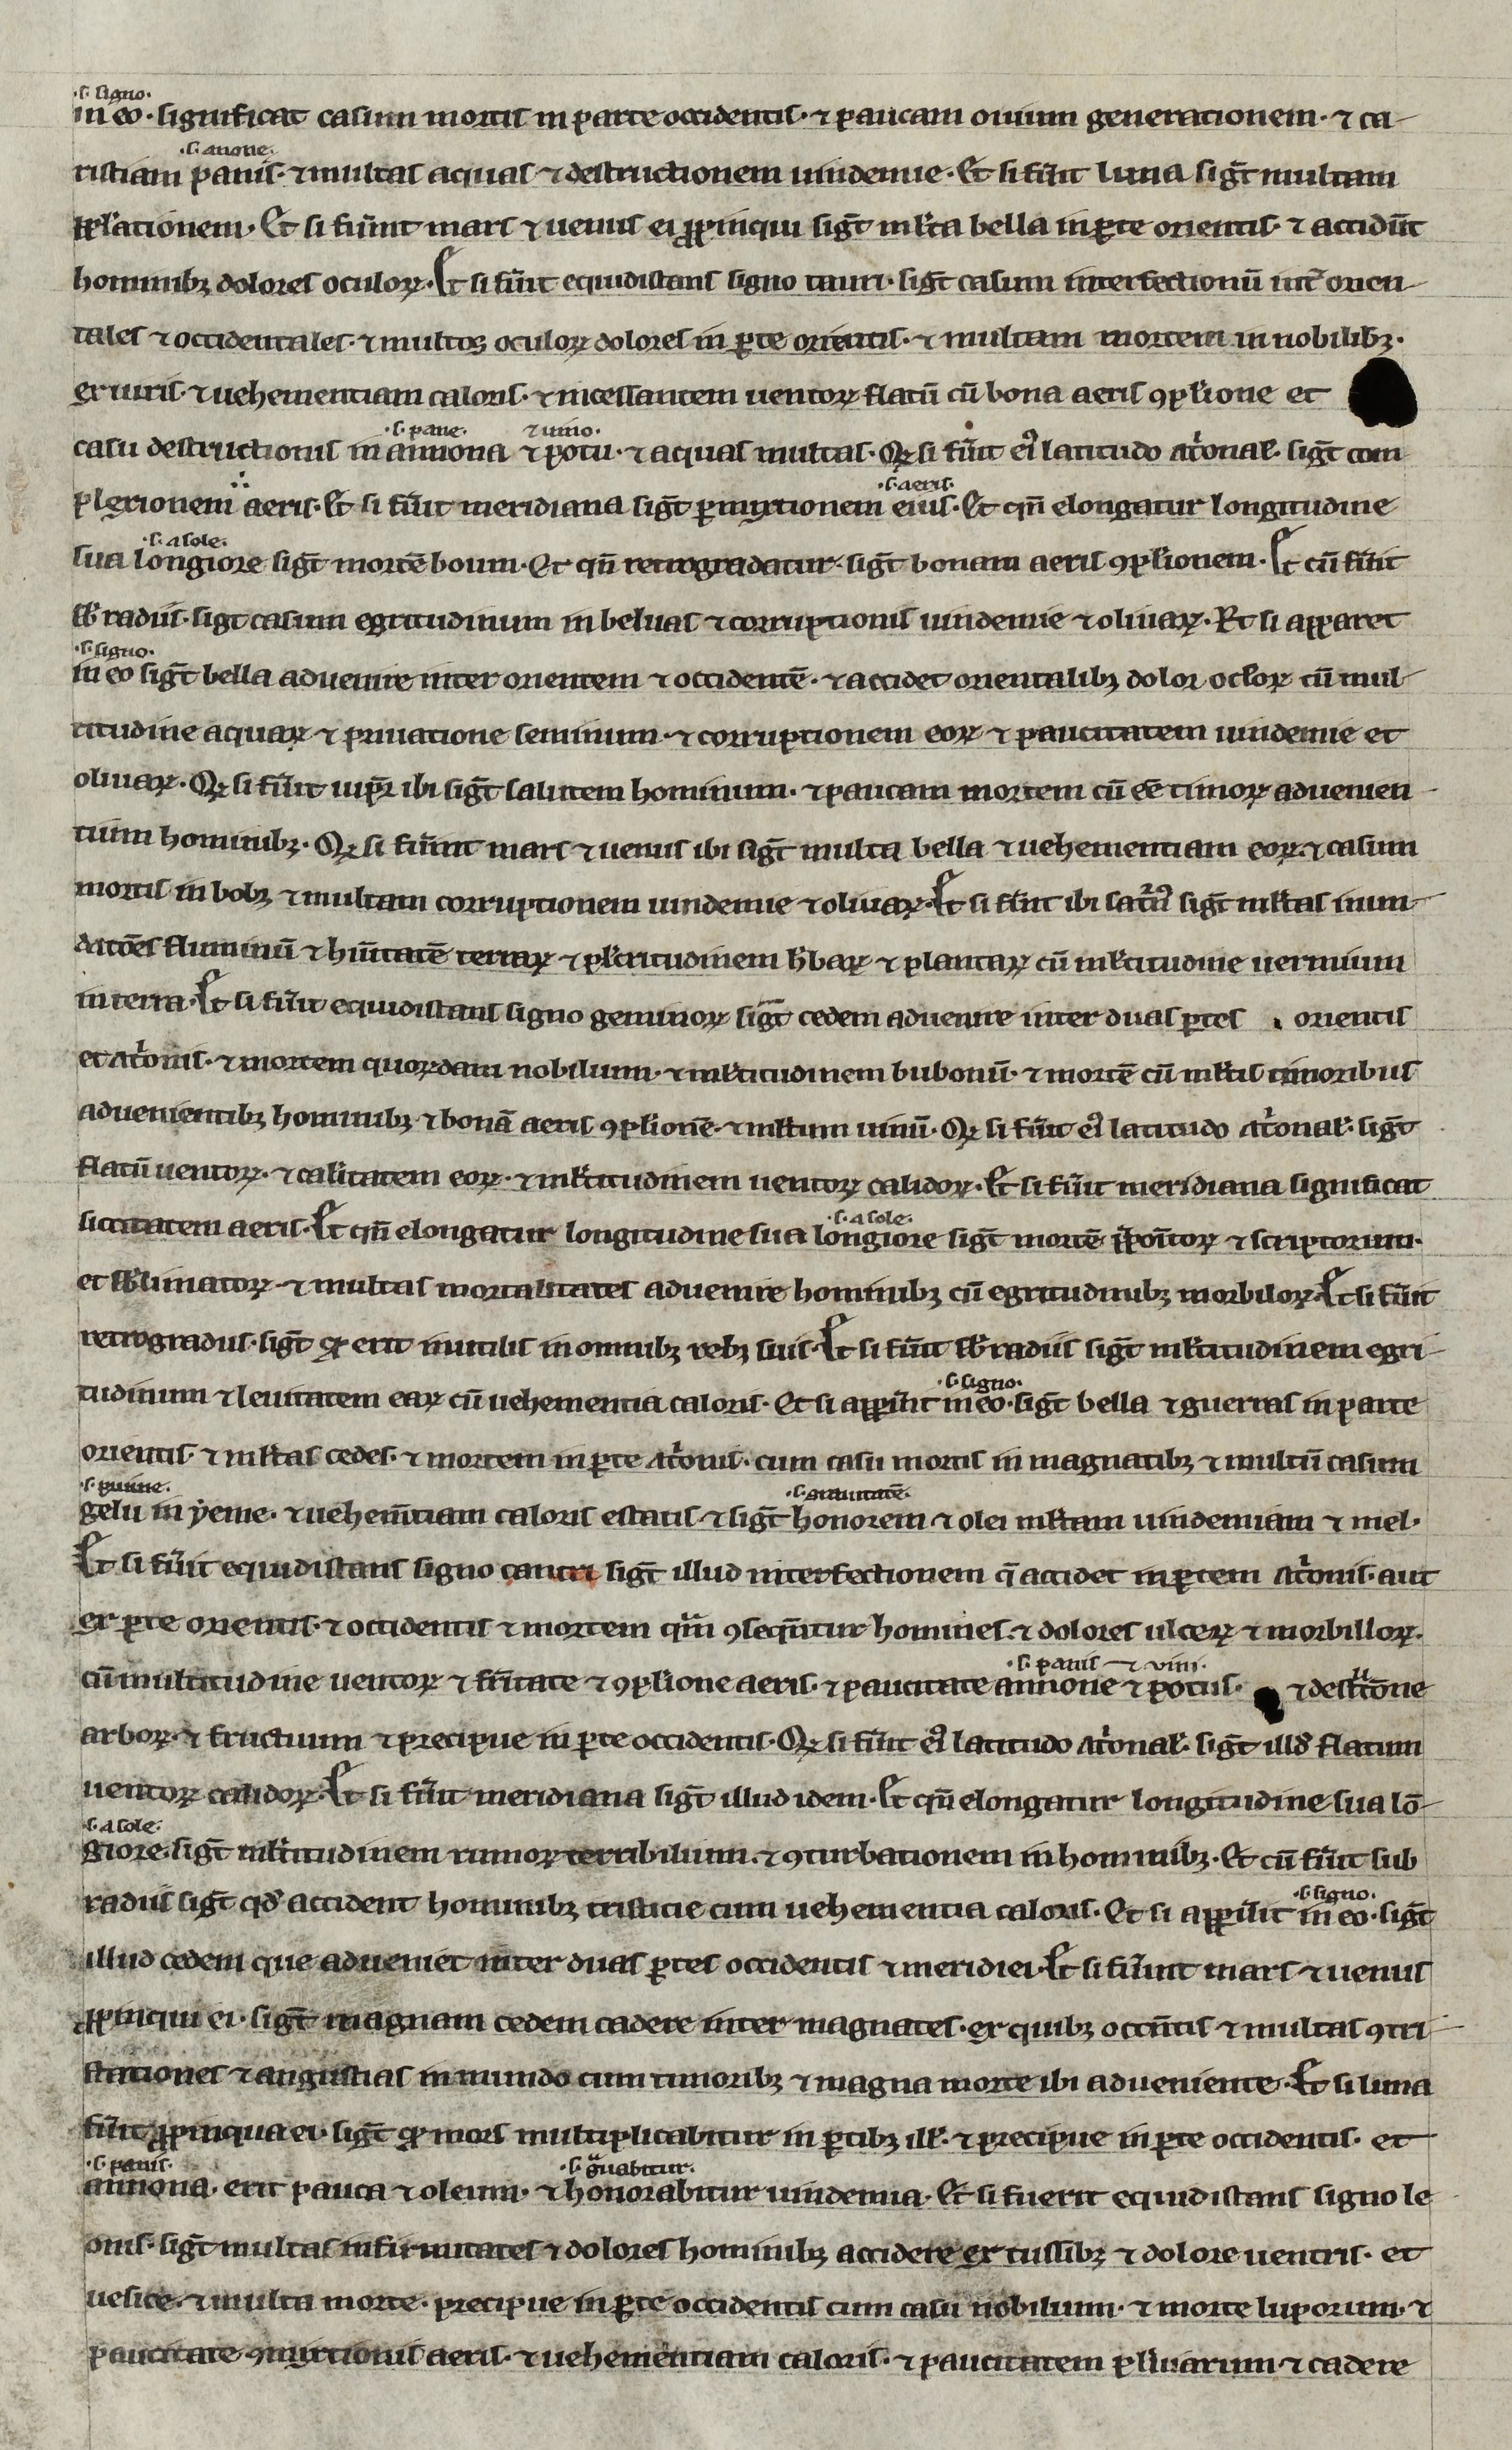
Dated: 1200–1299